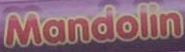
Mandoline